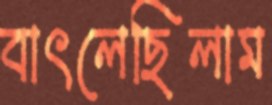
বাৎলেছিলাম